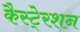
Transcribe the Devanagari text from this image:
कैस्टे्रशन